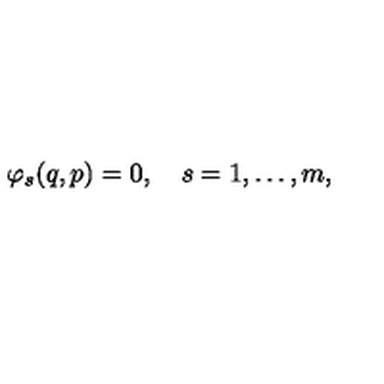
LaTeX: \varphi _ { s } ( q , p ) = 0 , \quad s = 1 , \dots , m ,